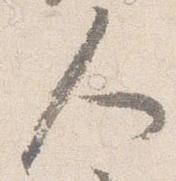
人